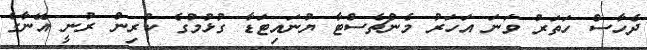
ދެހާސް ހަތަރު ވަނަ އަހަރު މެންޗެސްޓާ ޔުނައިޓަޑާ ގުޅުމުގެ ކުރިން ރުނީ އޭނާގެ